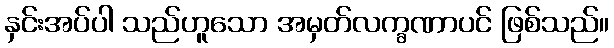
နှင်းအပ်ပါ သည်ဟူသော အမှတ်လက္ခဏာပင် ဖြစ်သည်။